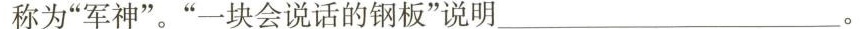
医生称为”军神”。”一块会说话的钢板”说明___。